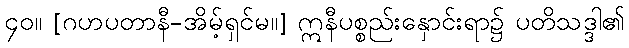
၄၀။ [ဂဟပတာနီ-အိမ့်ရှင်မ။] ဣနီပစ္စည်းနှောင်းရာ၌ ပတိသဒ္ဒါ၏